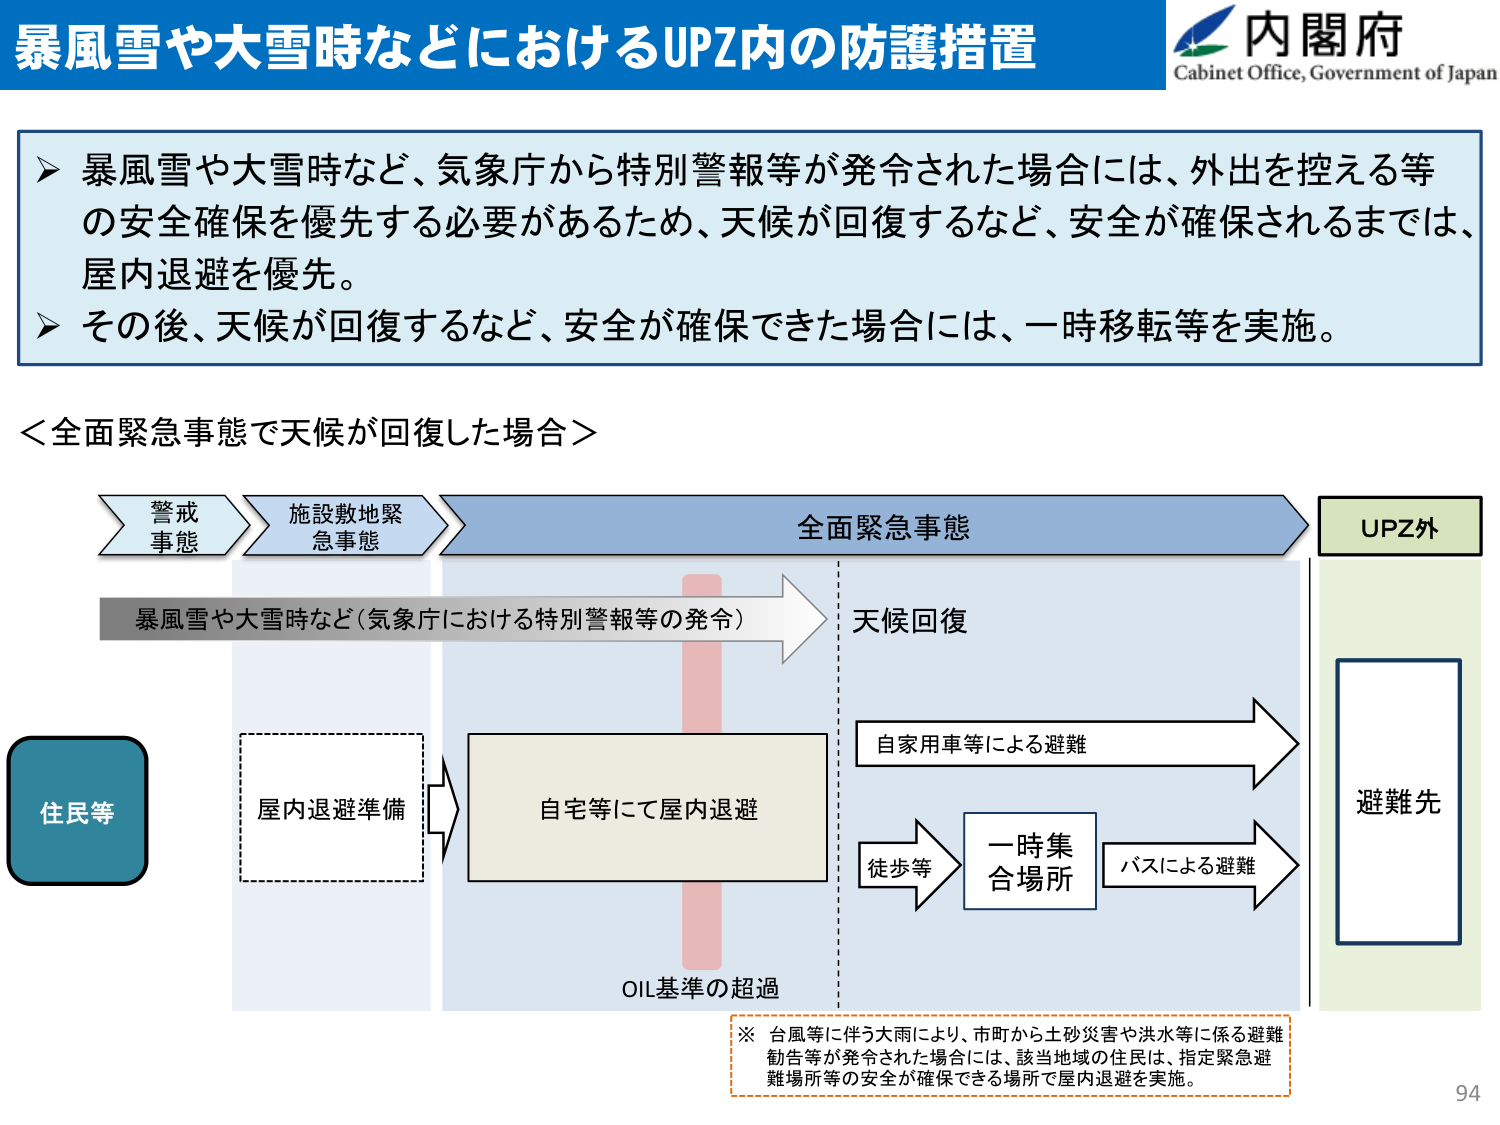
暴風雪や大雪時などにおけるUPZ内の防護措置
内閣府
Cabinet Office, Government of Japan

➤ 暴風雪や大雪時など、気象庁から特別警報等が発令された場合には、外出を控える等の安全確保を優先する必要があるため、天候が回復するなど、安全が確保されるまでは、屋内退避を優先。
➤ その後、天候が回復するなど、安全が確保できた場合には、一時移転等を実施。

＜全面緊急事態で天候が回復した場合＞

警戒事態 → 施設敷地緊急事態 → 全面緊急事態 → UPZ外
暴風雪や大雪時など（気象庁における特別警報等の発令） → 天候回復

住民等
屋内退避準備 → 自宅等にて屋内退避
OIL基準の超過

自家用車等による避難 → 避難先
徒歩等 → 一時集合場所 → バスによる避難 → 避難先

※ 台風等に伴う大雨により、市町から土砂災害や洪水等に係る避難勧告等が発令された場合には、該当地域の住民は、指定緊急避難場所等の安全が確保できる場所で屋内退避を実施。

94